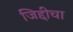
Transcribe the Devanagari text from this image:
जिद्दीचा